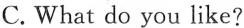
C. What do you like?